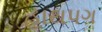
હાથપગ